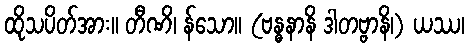
ထိုသပိတ်အား။ တီဏိ၊ န်သော။ (ဗန္ဓနာနိ ဒါတဗ္ဗာနိ၊) ယဿ၊